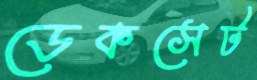
ডেকসেট